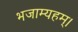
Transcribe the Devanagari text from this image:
भजाम्यहम्।